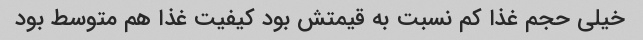
خیلی حجم غذا کم نسبت به قیمتش بود کیفیت غذا هم متوسط بود